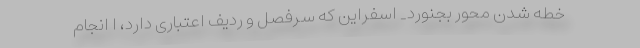
خطه شدن محور بجنورد_ اسفراین که سرفصل و ردیف اعتباری دارد، ا انجام